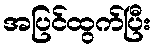
အပြင်ထွက်ပြီး